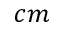
c m